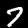
Label: 7